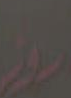
روز